Vaccination United Provinces of Agra and Oudh 1914-1922 - 1914-1922
Year: 1914
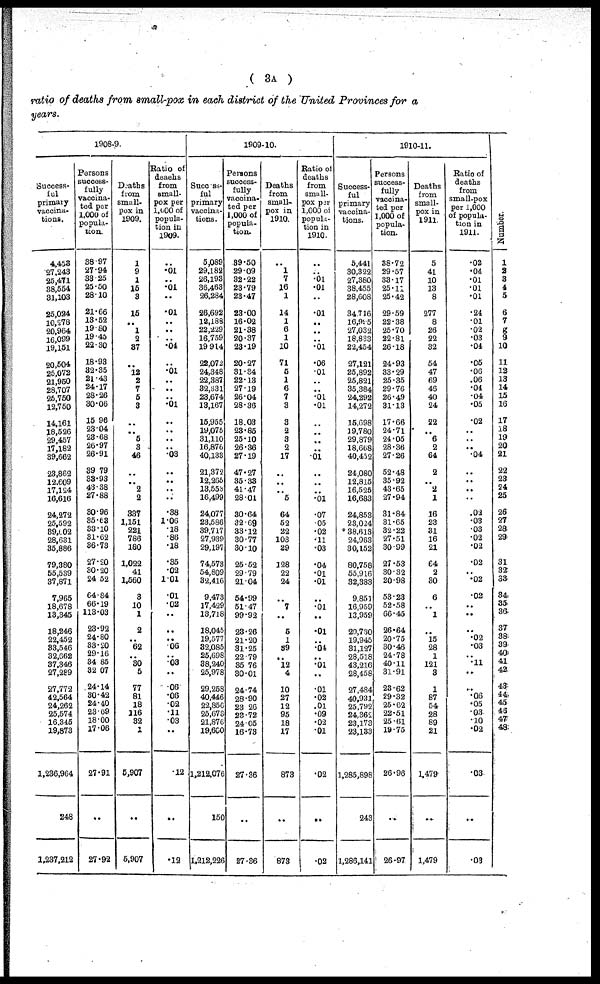
( 3A )
ratio of deaths from small-pox in each district of the United Provinces for a
years.
1908-9.
Success-
ful
primary
vaccina-
tions.
4,453
27,243
25,471
38,554
31,103
25,024
10,278
20,964
16,099
19,151
20,504
25,072
21,960
28,707
25,750
12,750
14,161
18,526
29,457
17,182
39,662
23,862
12,609
17,124
16,616
24,272
25,592
39,602
28,631
35,886
79,380
55,539
37,871
7,965
18,678
13,345
18,246
22,452
33,546
32,662
37,346
27,289
27,772
42,564
24,262
25,574
16,345
19,873
1,236,964
248
1,237,212
Persons
success-
fully
vaccina-
ted per
1,000 of
popula-
tion.
38.97
27.94
33.25
25.50
28.10
21.66
13.52
19.80
19.45
22.30
18.93
32.35
21.43
24.17
28.26
30.06
15.96
23.04
28.68
26.97
26.91
39.79
33.93
43.38
27.88
30.96
35.63
33.10
31.62
36.73
27.20
30.20
24.52
64.84
66.19
113.03
23.92
24.80
33.20
29.16
34.85
32.07
24.14
30.42
24.40
23.69
18.00
17.06
27.91
..
27.92
Deaths
from
small-
pox in
1909.
1
9
1
15
3
15
..
1
2
37
..
12
2
7
5
3
..
..
5
3
46
..
..
2
2
337
1,151
221
786
180
1,022
41
1,560
3
10
1
2
..
62
..
30
5
77
81
18
116
32
1
5,907
..
5,907
Ratio of
deaehs
from
small-
pox per
1,000 of
popula-
tion in
1909.
..
.01
..
.01
..
.01
..
..
..
.04
..
.01
..
..
..
.01
..
..
..
..
.03
..
..
..
..
.38
1.06
.18
.86
.18
.35
.02
1.01
.01
.02
..
..
..
.06
..
.03
..
.06
.06
.02
.11
.03
..
.12
..
.12
1909-10.
Success-
ful
primary
vaccina-
tions.
5,089
29,182
26,193
36,463
26,284
26,692
12,188
22,229
16,759
19,914
22,072
24,348
22,387
32,331
23,674
13,167
15,955
19,075
31,110
16,876
40,133
21,372
12,265
13,553
16,499
24,077
23,586
39,717
27,939
29,197
74,57.
54,809
32,416
9,473
17,429
13,718
18,045
19,577
32,085
25,698
38,240
25,978
29,258
40,446
22,856
25,673
21,876
19,600
1,212,076
150
1,212,226
Persons
success-
fully
vaccina-
ted per
1,000 of
popula-
tion.
39.50
29.09
32.22
23.79
23.47
23.00
16.02
21.38
20.37
23.19
20.27
31.34
22.13
27.19
26.04
28.36
18.03
23.85
25.10
26.36
27.19
47.27
35.33
41.47
28.01
30.64
32.69
33.12
30.77
30.10
25.52
29.79
21.04
54.99
51.47
99.92
23.26
21.20
31.25
22.79
35.76
30.01
24.74
28.90
23.26
23.72
24.05
16.73
27.36
..
27.36
Deaths
from
small-
pox in
1910.
..
1
7
16
1
14
1
6
1
10
71
6
1
6
7
3
3
2
3
2
17
..
..
..
5
64
52
22
103
29
128
22
24
..
7
..
5
1
39
.. 12
4
10
27
12
95
18
17
873
..
873
Ratio of
deaths
from
small-
pox per
1,000 of
popula-
tion in
1910.
..
..
.01
.01
..
.01
..
..
..
.01
.06
.01
..
..
.01
.01
..
..
..
..
.01
..
..
..
.01
.07
.05
.02
.11
.03
.04
.01
.01
..
.01
..
.01
..
.04
..
.01
..
.01
.02
.01
.09
.02
.01
.02
..
.02
1910-11.
Success-
ful
primary
vaccina-
tions.
5,441
30,322
27,380
38,455
28,608
34,716
16,995
27,032
18,833
22,454
27,121
25,892
25,821
35,384
24,292
14,272
15,698
19,780
29,879
18,668
40,452
24,080
12,815
16,525
16,683
24,853
23,024
*38,618
24,963
30,152
80,758
55,916
32,383
9,851
16,959
13,959
20,730
19,945
31,127
28,518
43,216
28,458
27,484
40,931
25,792
24,362
23,173
23,133
1,285,898
243
1,286,141
Persons
success-
fully
vaccina-
ted per
1,000 of
popula-
tion.
38.72
29.57
33.17
25.11
25.42
29.59
22.38
25.70
22.81
26.18
24.93
33.29
25.35
29.70
26.49
31.13
17.66
24.71
24.05
28.36
27.26
52.48
35.92
43.65
27.94
31.84
31.65
32.22
27.51
30.99
27.53
30.32
20.98
53.23
52.58
66.45
26.64
20.75
30.46
24.78
40.11
31.91
28.62
29.32
25.62
22.51
25.61
19.75
26.96
..
26.97
Deaths
from
small-
pox in
1911.
5
41
10
13
8
277
8
26
22
32
54
47
69
46
40
24
22
..
6
2
64
2
..
2
1
16
23
31
16
21
64
2
30
6
..
1
..
15
28
1
121
3
1
87
54
28
89
21
1,479
..
1,479
Ratio of
deaths
from
small-pox
per 1,000
of popula-
tion in
1911.
.02
.04
.01
.01
.01
.24
.01
.02
.03
.04
.05
.06
.06
.04
.04
.05
.02
..
..
..
.04
..
..
..
..
.02
.03
.03
.02
.02
.02
..
.02
.02
..
..
..
.02
.03
..
.11
..
..
.06
.05
.03
.10
.02
.03
..
.08
Number.
1
2
3 4
5
6
7
8
9
10
11
12
13
14
15
16
17
18
19
20
21
22
23
24
25
26
27
28
29
31
32
33
34.
35
36
37
38
39
40
42
..
43
44
45
46
47
48